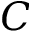
C